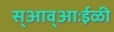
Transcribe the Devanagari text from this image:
स्आव्आःईळी